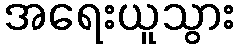
အရေးယူသွား